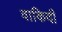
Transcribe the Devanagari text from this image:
वाकिदी